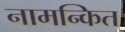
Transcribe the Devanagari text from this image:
नामन्कित